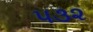
૫૩૨